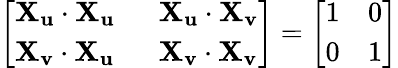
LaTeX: {\left[\begin{array}{ll}{\mathbf{X_{u}}\cdot\mathbf{X_{u}}}&{\; \; \mathbf{X_{u}}\cdot\mathbf{X_{v}}}\\ {\mathbf{X_{v}}\cdot\mathbf{X_{u}}}&{\; \; \mathbf{X_{v}}\cdot\mathbf{X_{v}}}\end{array}\right]}={\left[\begin{array}{ll}{1}&{0}\\ {0}&{1}\end{array}\right]}